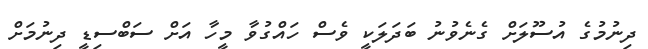
ދިނުމުގެ އުސޫލަށް ގެނެވުނު ބަދަލަކީ ވެސް ހައްގުވާ މީހާ އަށް ސަބްސިޑީ ދިނުމަށް